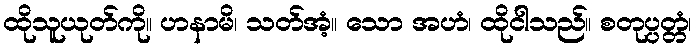
ထိုသူယုတ်ကို။ ဟနာမိ၊ သတ်အံ့။ သော အဟံ၊ ထိုငါသည်။ စတုပ္ပတ္တံ၊